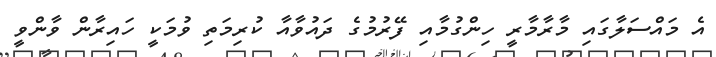
އެ މައްސަލާގައި މާރާމާރީ ހިންގުމާއި ފޭރުމުގެ ދައުވާއާ ކުރިމަތި ވުމަކީ ހައިރާން ވާންވީ